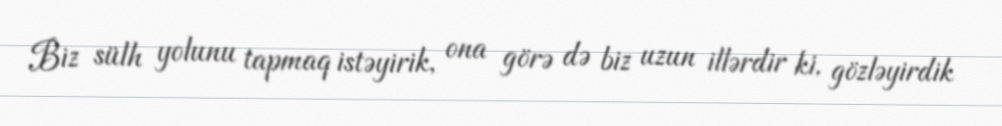
Biz sülh yolunu tapmaq istəyirik, ona görə də biz uzun illərdir ki, gözləyirdik